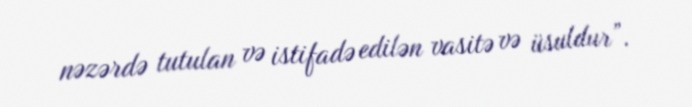
nəzərdə tutulan və istifadə edilən vasitə və üsuldur”.